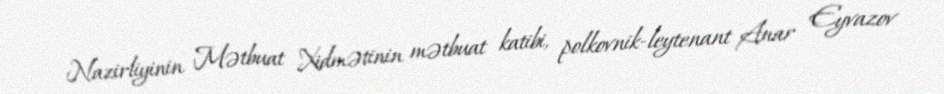
Nazirliyinin Mətbuat Xidmətinin mətbuat katibi, polkovnik-leytenant Anar Eyvazov